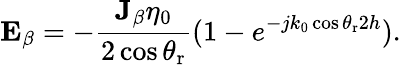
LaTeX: \mathbf{E}_{\beta}=-\frac{\mathbf{J}_{\beta}\eta_{0}}{2\cos\theta_{\mathrm{r}}}(1-e^{-jk_{0}\cos\theta_{\mathrm{r}}2h}).